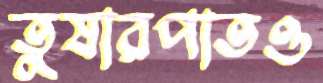
তুষারপাতও